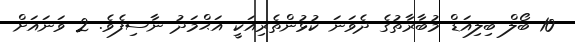
10 ބޯލް ބިލިއަޑް މުބާރާތުގެ ދެވަނަ ކުޅުންތެރިއަކީ އަޙްމަދު ނާސިފެވެ. 2 ވަނައަށް